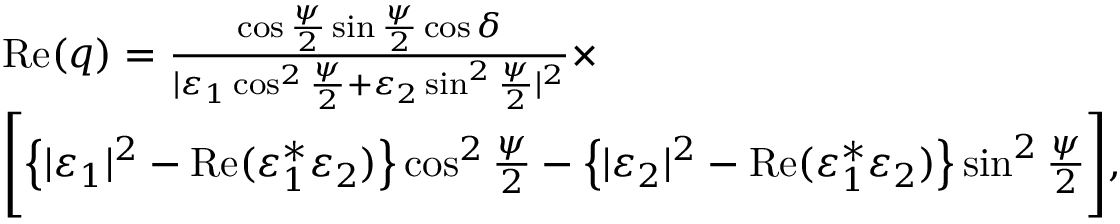
\begin{array} { r l } & { \mathrm { R e } ( q ) = \frac { \cos \frac { \psi } { 2 } \sin \frac { \psi } { 2 } \cos \delta } { | \varepsilon _ { 1 } \cos ^ { 2 } \frac { \psi } { 2 } + \varepsilon _ { 2 } \sin ^ { 2 } \frac { \psi } { 2 } | ^ { 2 } } \times } \\ & { \Biggl [ \left\{ | \varepsilon _ { 1 } | ^ { 2 } - \mathrm { R e } ( \varepsilon _ { 1 } ^ { * } \varepsilon _ { 2 } ) \right\} \cos ^ { 2 } \frac { \psi } { 2 } - \left\{ | \varepsilon _ { 2 } | ^ { 2 } - \mathrm { R e } ( \varepsilon _ { 1 } ^ { * } \varepsilon _ { 2 } ) \right\} \sin ^ { 2 } \frac { \psi } { 2 } \Biggr ] , } \end{array}